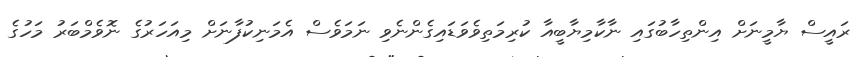
ރައީސް ޔާމީނަށް އިންތިހާބުގައި ނާކާމިޔާބީއާ ކުރިމަތިވެވަޑައިގެންނެވި ނަމަވެސް އެމަނިކުފާނަށް މިއަހަރުގެ ނޮވެމްބަރު މަހުގެ